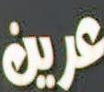
عرين